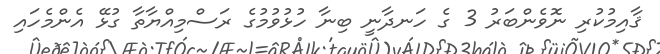
ޤާއިމުކުރި ނޮވެންބަރު 3 ގެ ހަނދާނީ ބިނާ ހުޅުވުމުގެ ރަސްމިއްޔާތާ ގުޅޭ އެންމެހައި